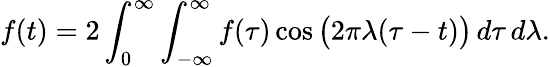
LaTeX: f(t)=2\int_{0}^{\infty}\int_{-\infty}^{\infty}f(\tau)\cos{\bigl(}2\pi\lambda(\tau-t){\bigr)}\, d\tau\, d\lambda.